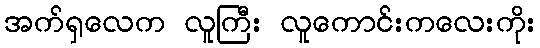
အက်ရှလေက လူကြီး လူကောင်းကလေးကိုး